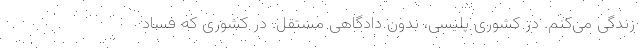
زندگی می‌کنم. در کشوری پلیسی، بدون دادگاهی مستقل. در کشوری که فساد